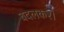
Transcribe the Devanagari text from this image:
बदलकर।